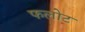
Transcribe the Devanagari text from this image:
फलोट